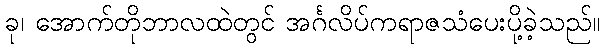
ခု၊ အောက်တိုဘာလထဲတွင် အင်္ဂလိပ်ကရာဇသံပေးပို့ခဲ့သည်။